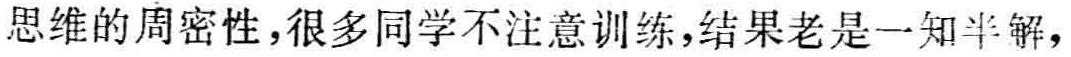
思维的周密性,很多同学不注意训练,结果老是一知半解,